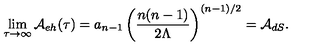
\lim _ { \tau \rightarrow \infty } { \cal A } _ { e h } ( \tau ) = a _ { n - 1 } \left( { \frac { n ( n - 1 ) } { 2 \Lambda } } \right) ^ { ( n - 1 ) / 2 } = { \cal A } _ { d S } .